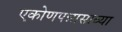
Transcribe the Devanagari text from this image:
एकोणपन्नासाव्या